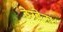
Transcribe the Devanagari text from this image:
वेरबेना